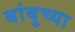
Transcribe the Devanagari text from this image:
बांबुच्या